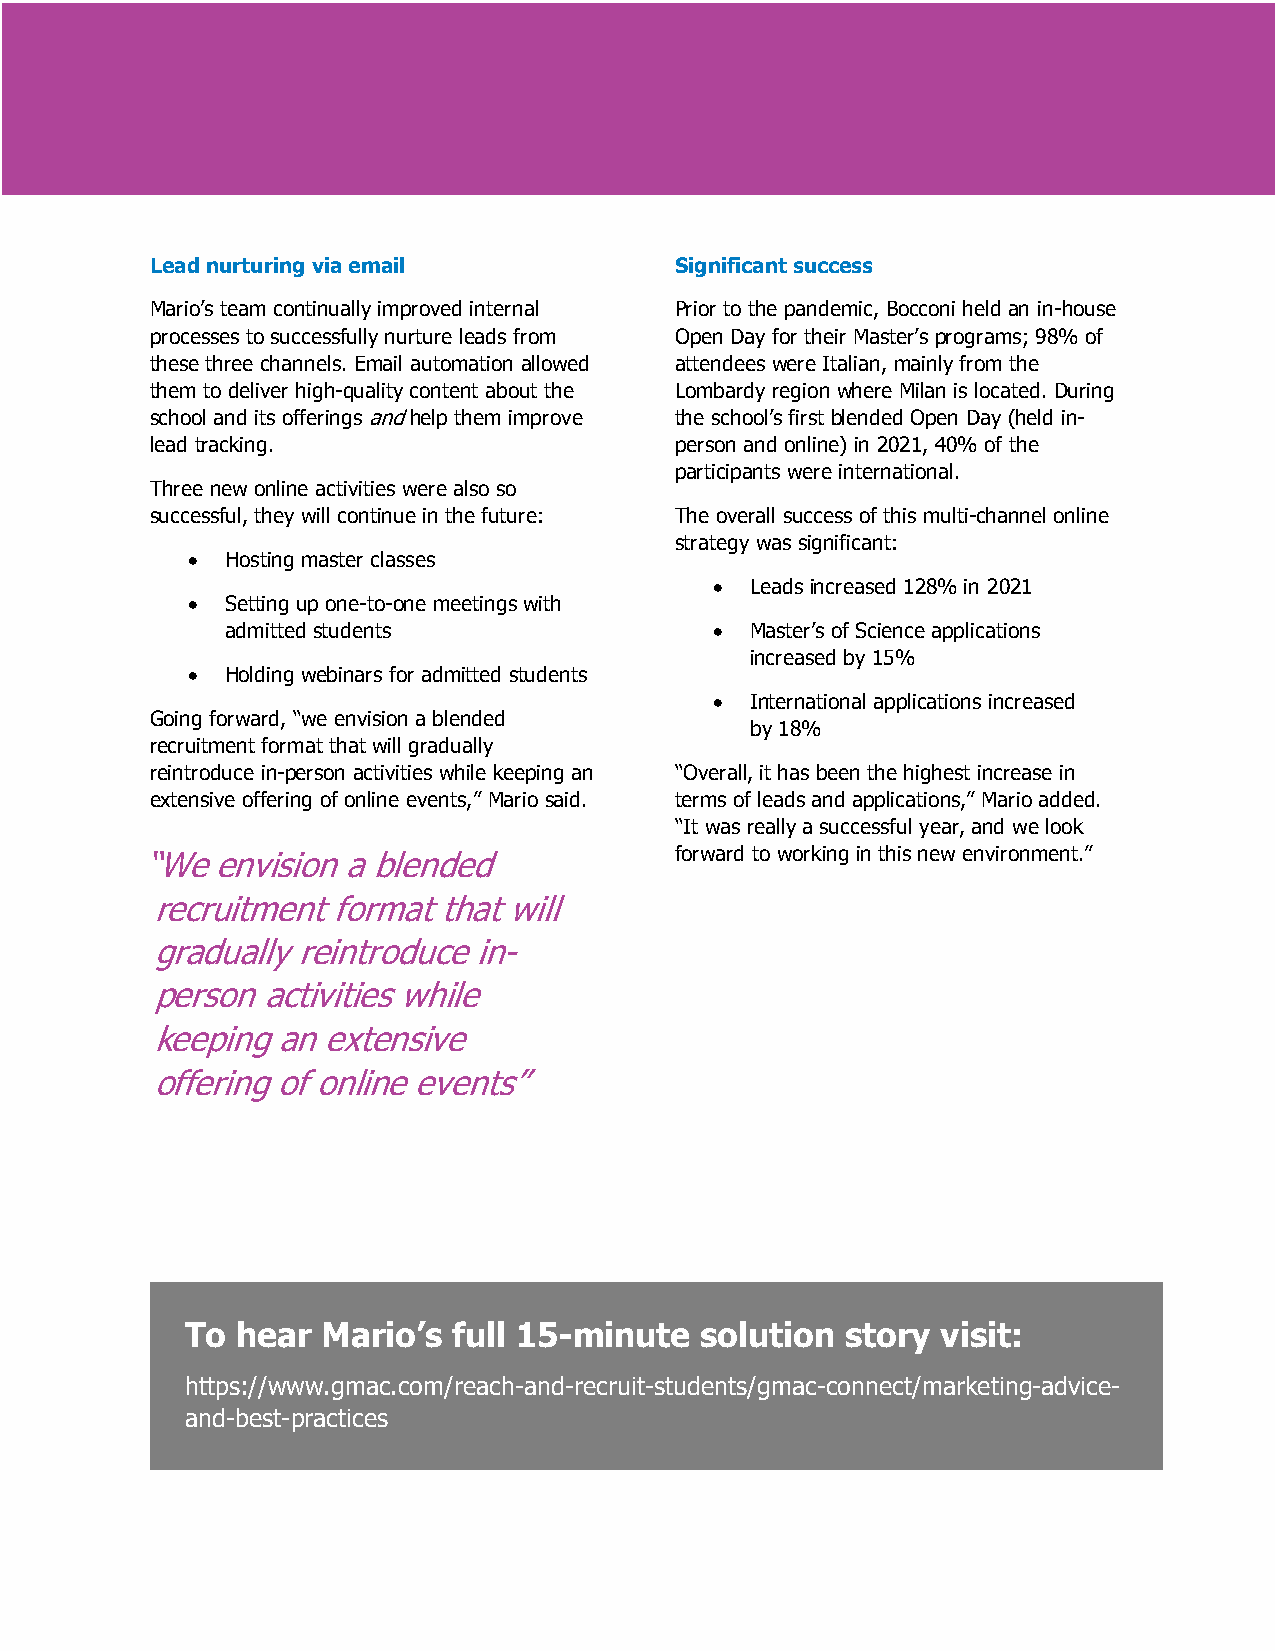
Lead nurturing via email           Significant success
 Mario’s team continually improved internal Prior to the pandemic, Bocconi held an in-house
 processes to successfully nurture leads from Open Day for their Master’s programs; 98% of
 these three channels. Email automation allowed attendees were Italian, mainly from the
 them to deliver high-quality content about the Lombardy region where Milan is located. During
 school and its offerings and help them improve the school’s first blended Open Day (held in-
 lead tracking.                     person and online) in 2021, 40% of the
 participants were international.
 Three new online activities were also so
 successful, they will continue in the future: The overall success of this multi-channel online
 strategy was significant:
 •  Hosting master classes
 •  Leads increased 128% in 2021
 •  Setting up one-to-one meetings with
 admitted students               •  Master’s of Science applications
 increased by 15%
 •  Holding webinars for admitted students
 •  International applications increased
 Going forward, “we envision a blended
 by 18%
 recruitment format that will gradually
 reintroduce in-person activities while keeping an “Overall, it has been the highest increase in
 extensive offering of online events,” Mario said. terms of leads and applications,” Mario added.
 “It was really a successful year, and we look
 “We  envision a blended             forward to working in this new environment.”
 recruitment format that will
 gradually reintroduce in-
 person activities while
 keeping an extensive
 offering of online events”
 To  hear Mario’s  full 15-minute  solution  story visit:
 https://www.gmac.com/reach-and-recruit-students/gmac-connect/marketing-advice-
 and-best-practices